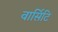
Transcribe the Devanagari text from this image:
वार्सिटि